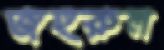
জহুরুল